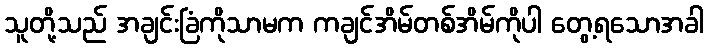
သူတို့သည် အချင်းခြံကိုသာမက ကချင်အိမ်တစ်အိမ်ကိုပါ တွေ့ရသောအခါ